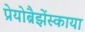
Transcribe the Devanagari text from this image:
प्रेयोब्रैझेंस्काया